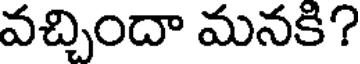
వచ్చిందా మనకి?